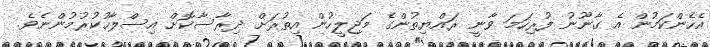
އެހެންކަމުން އެ ގާނޫނު ފުރިހަމަ ވާނީ ރައްޔިތުންގެ މަޖިލީހުން އިތުރަށް ދިރާސާކޮށް އިސްލާހުކުރުމުންނެވެ.